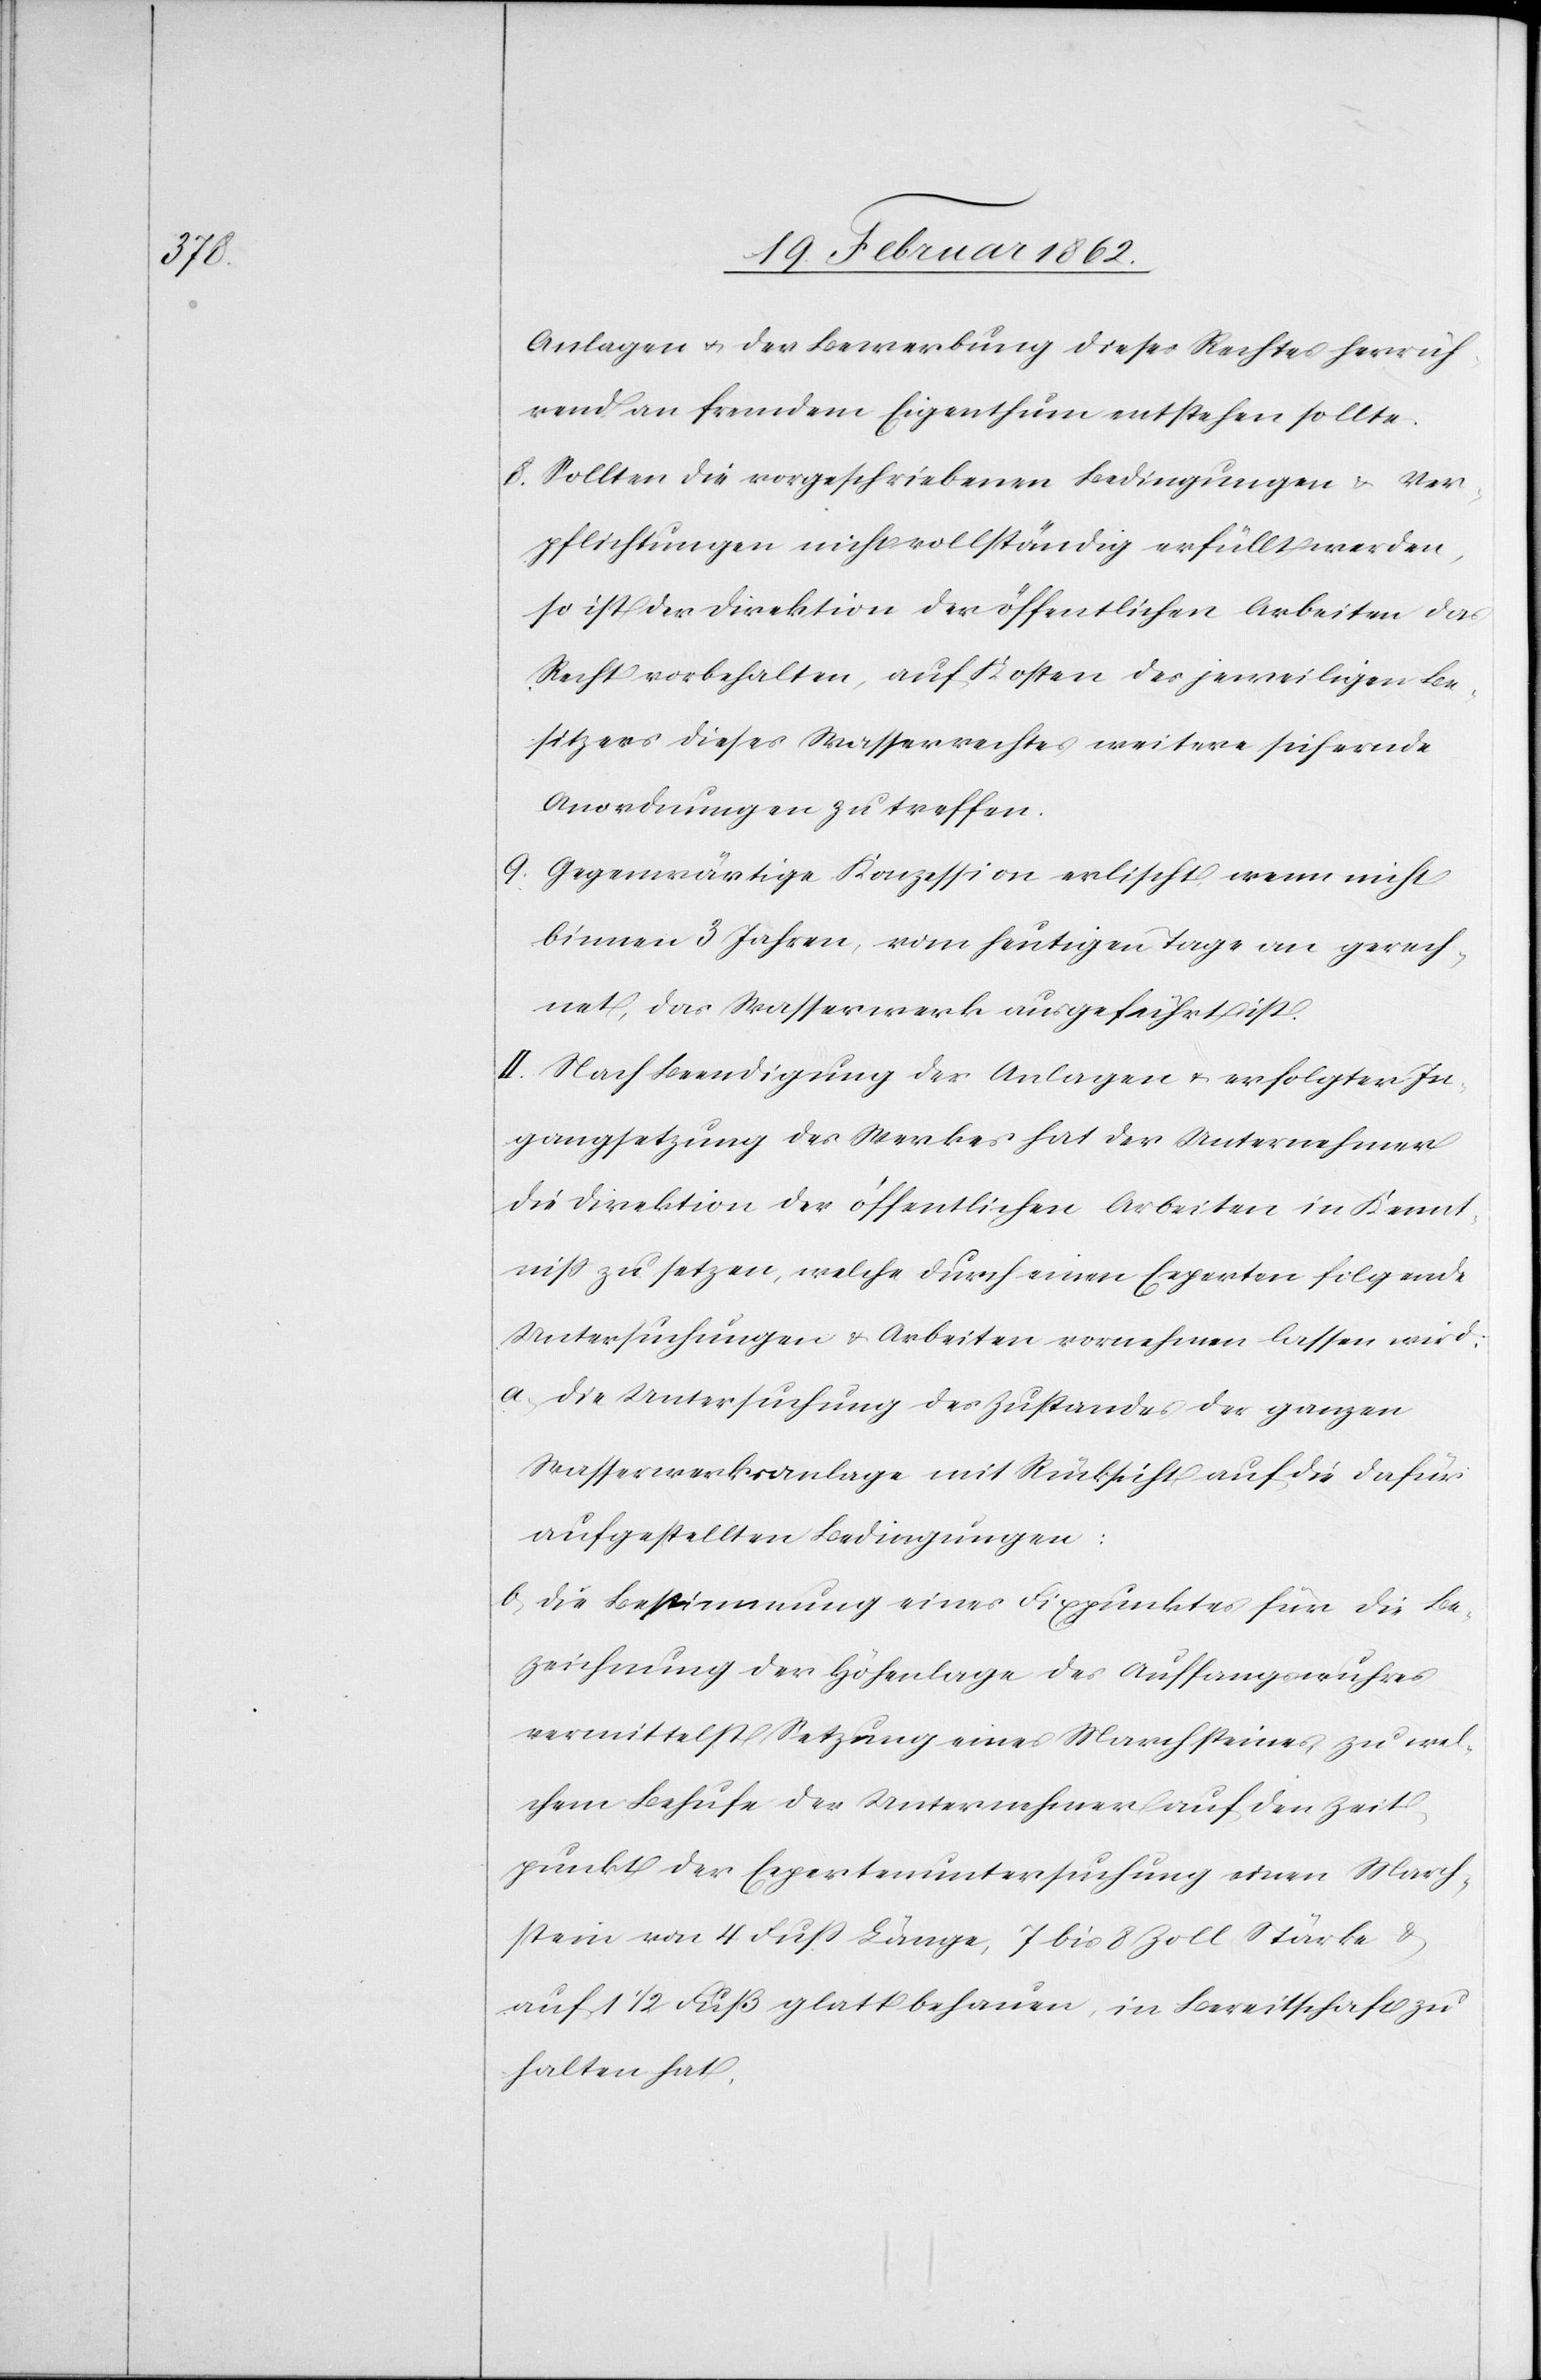
Anlagen u. der Bewerbung dieses Rechtes herrüh¬
rend an fremdem Eigenthum entstehen sollte.
8) Sollten die vorgeschriebenen Bedingungen & Ver¬
pflichtungen nicht vollständig erfüllt werden,
so ist der Direktion der öffentlichen Arbeiten das
Recht vorbehalten, auf Kosten des jeweiligen Be¬
sitzers dieses Wasserrechtes weitere sichernde
Anordnungen zu treffen.
9) Gegenwärtige Konzession erlischt, wenn nicht
binnen 3 Jahren, vom heutigen Tage an gerech¬
net, das Wasserwerk ausgeführt ist.
II. Nach Beendigung der Anlagen & erfolgter In¬
gangsetzung des Werkes hat der Unternehmer
die Direktion der öffentlichen Arbeiten in Kennt¬
niß zu setzen, welche durch einen Experten folgende
Untersuchungen & Arbeiten vornehmen lassen wird:
a) Die Untersuchung des Zustandes der ganzen
Wasserwerksanlage mit Rücksicht auf die dafür
aufgestellten Bedingungen:
b) Die Bestimmung eines Fixpunktes für die Be¬
zeichnung der Höhenlage des Auffangswuhres
vermittelst Setzung eines Marchsteines, zu wel¬
chem Behufe der Unternehmer auf den Zeit¬
punkt der Expertenuntersuchung einen March¬
stein von 4 Fuß Länge, 7 bis 8 Zoll Stärke &
auf 11/2 Fuß glatt behauen, in Bereitschaft zu
halten hat.